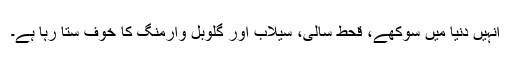
انہیں دنیا میں سوکھے، قحط سالی، سیلاب اور گلوبل وارمنگ کا خوف ستا رہا ہے۔